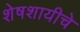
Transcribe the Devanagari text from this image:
शेषशायीचे